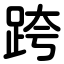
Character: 跨